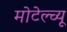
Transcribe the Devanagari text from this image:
मोटेल्च्यू